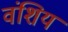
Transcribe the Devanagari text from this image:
वंशिय